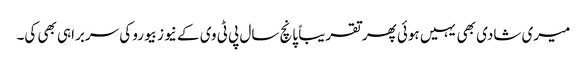
میری شادی بھی یہیں ہوئی پھر تقریباً پانچ سال پی ٹی وی کے نیوز بیورو کی سربراہی بھی کی۔